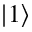
| 1 \rangle